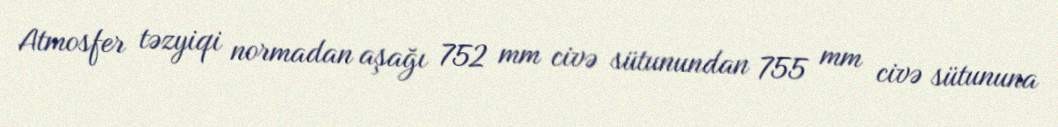
Atmosfer təzyiqi normadan aşağı 752 mm civə sütunundan 755 mm civə sütununa